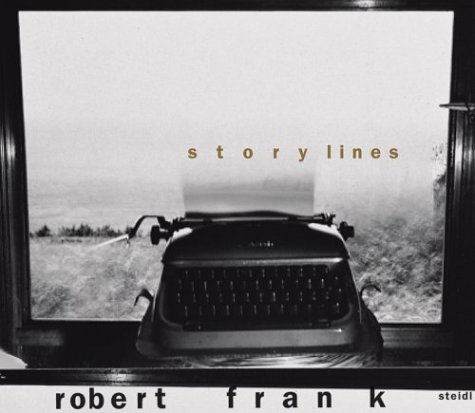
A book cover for Robert Frank: Storylines; Ian Penman; Arts & Photography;